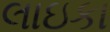
લાઇકા